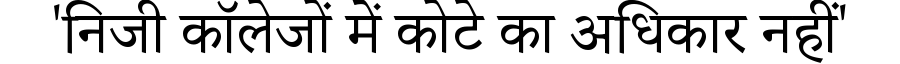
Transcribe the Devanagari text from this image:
'निजी कॉलेजों में कोटे का अधिकार नहीं'